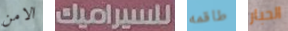
الامن للسيراميك طاقمه الحبار